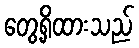
တွေ့ရှိထားသည်